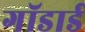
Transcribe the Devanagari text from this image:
गॉडार्ड